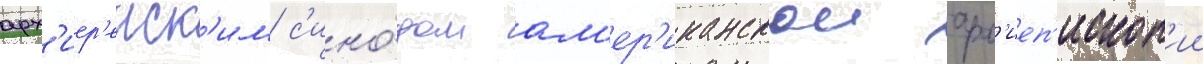
арх'иер'еиск'им с'ино́дом ам'ер'иканскои арх'иеп'ископ'ии